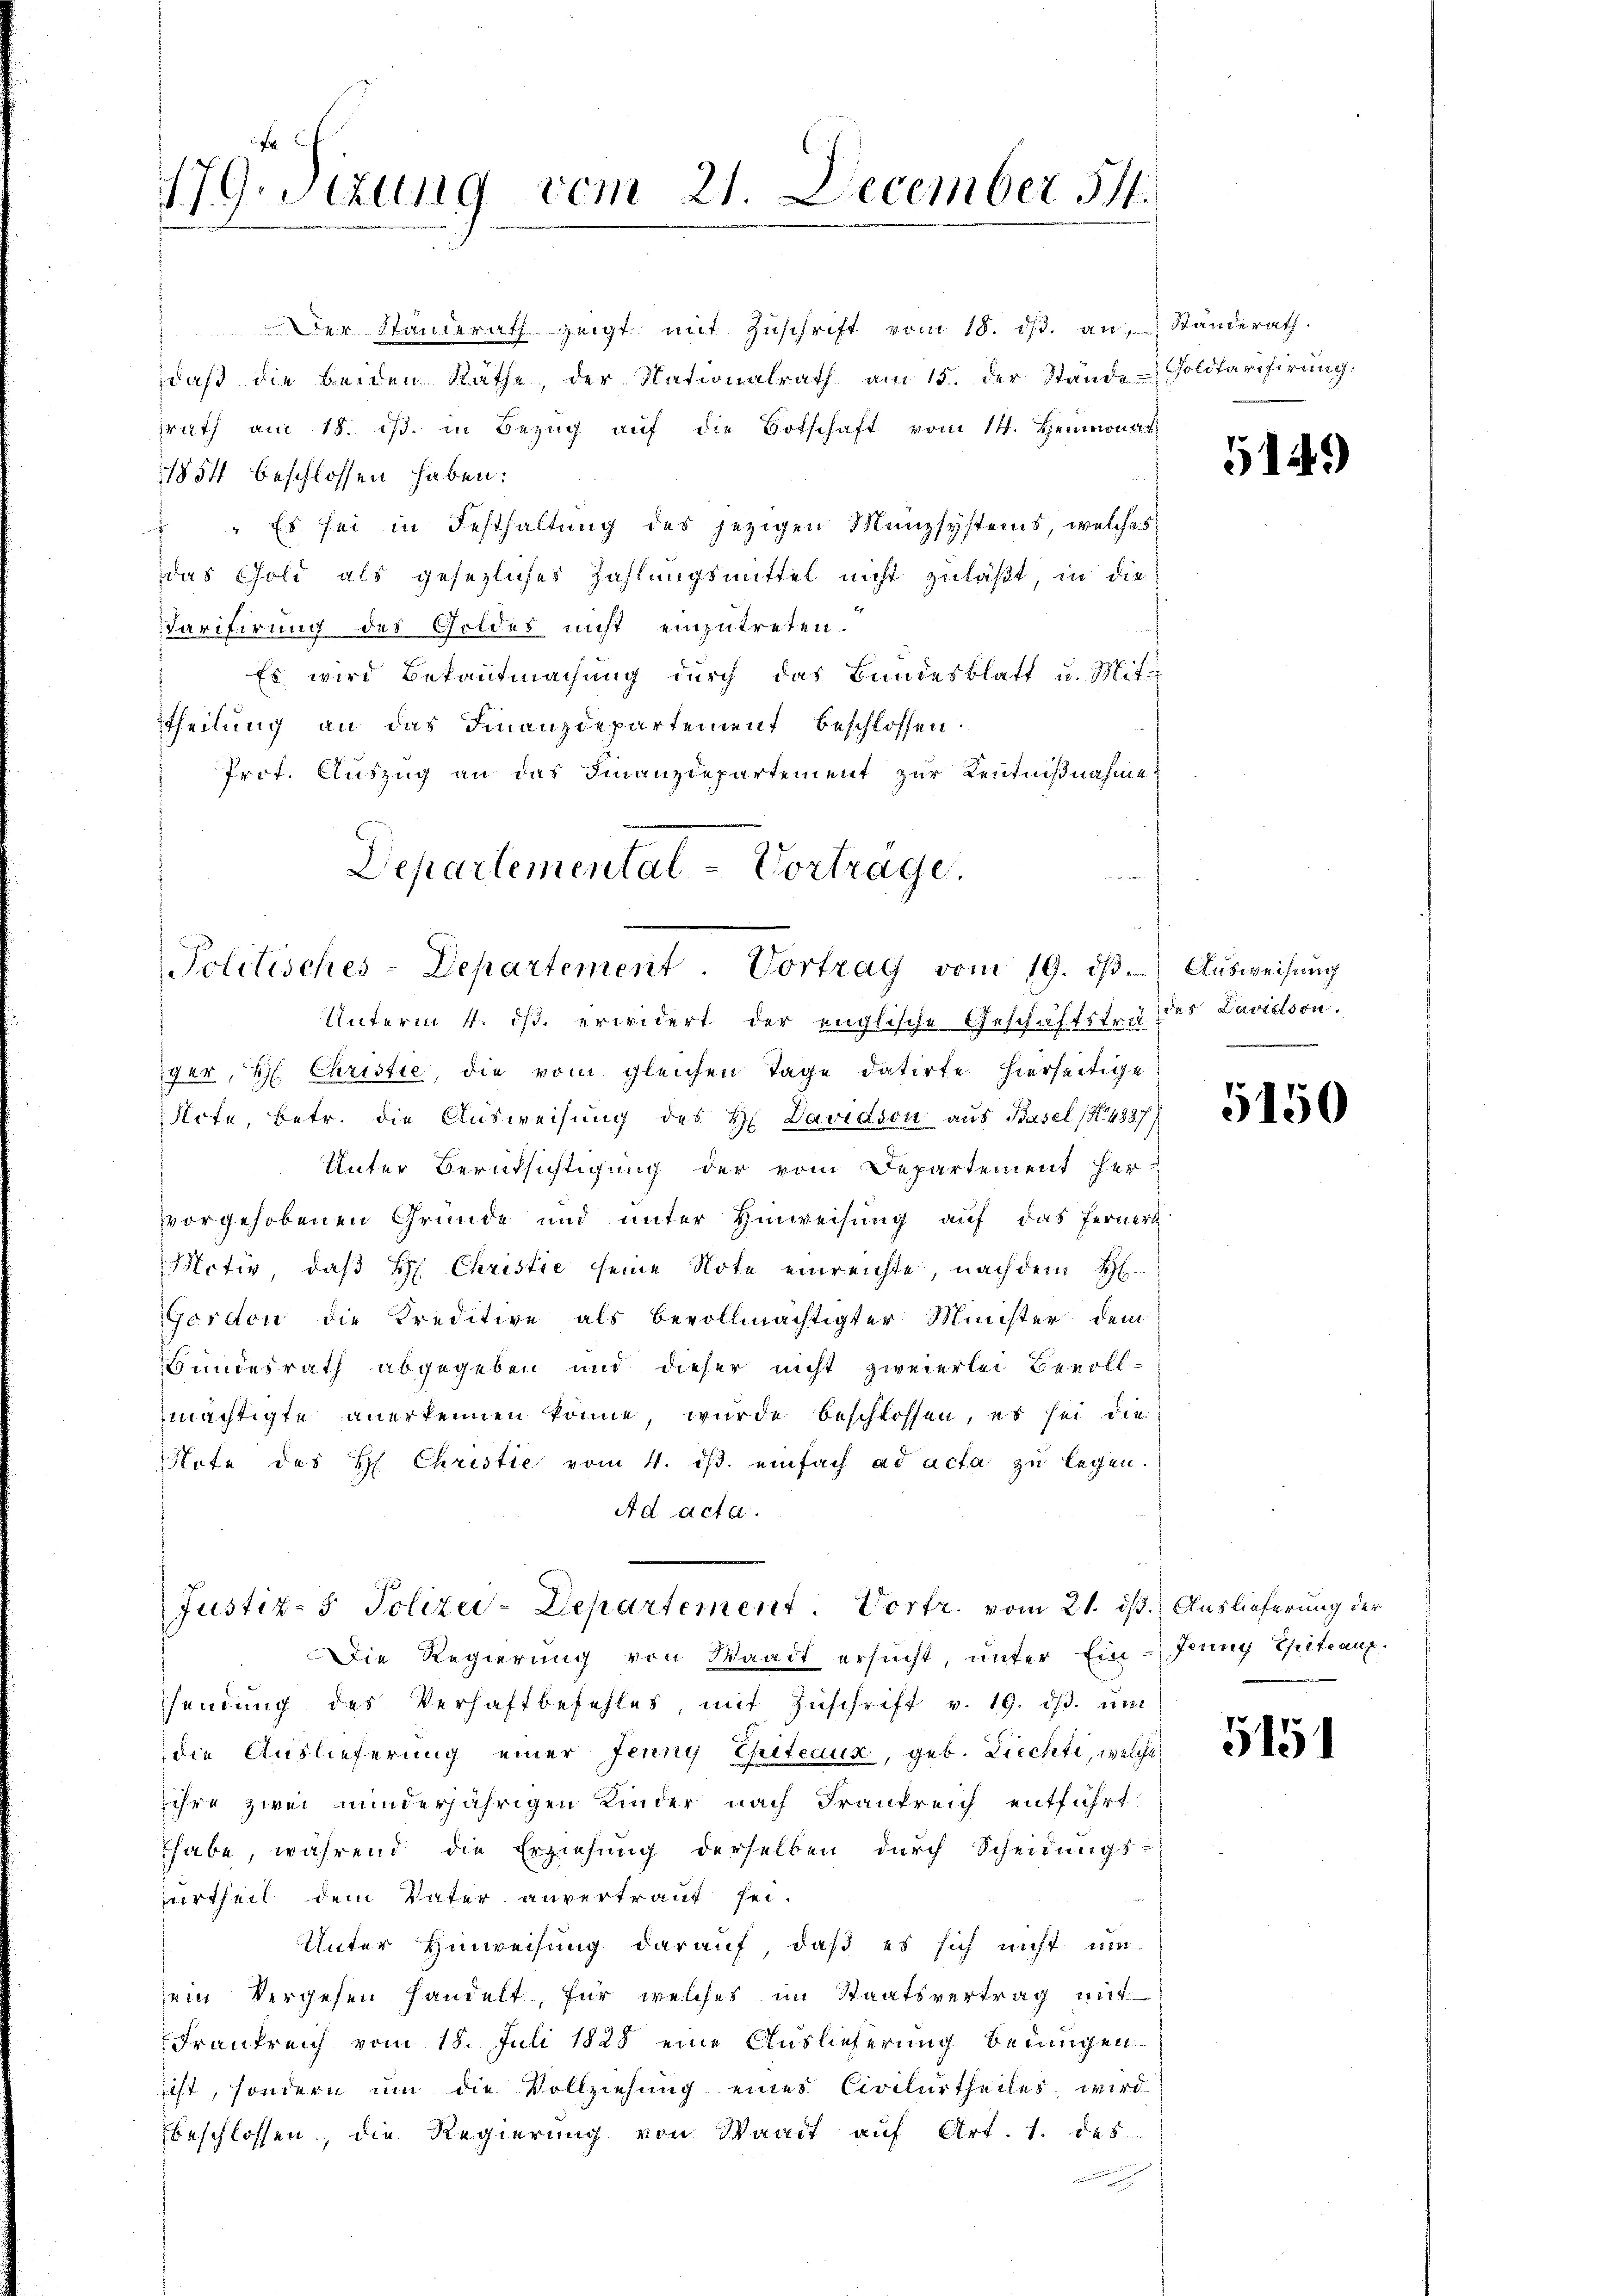
179. Sizung vom 21. December 14.

daβ die beiden Räthe, der Nationalrath am 15. der Stande Politarisirŭng.
srath am 18. dβ. in Bezŭg aŭf die Botschaft vom 14. Heumonat
11854 beschlossen haben:
 " Es sei in Festhaltŭng des jezigen Münzsystems, welches
das Coli als gesezliches Zahlungsmittel nicht zuläßt, in die
Tarifirung des Goldes nicht einzutreten.
Es wird Bekanntmachung durch das Bundesblatt u. Mit-
theilung an das Finanzdepartement beschlossen:
Prot. Auszug an das Finanzdepartement zur Kenntnißnahme

Departemental - Vortrage.
Politisches-Departement. Vortrag vom 19. dβ.

Der Standerath zeigt mit Zŭschrift vom 18. dβ. an Ständerath.

Unterm 4. ds. erwidert der englische Geschäftstre des Lavidson.
ger, H. Christie, die vom gleichen Tage datirte hierseitige
Note, betr. die Ausweisung des H. Davidson aus Basel (S. 4837)
Unter Berufsichtigung der vom Departement her-
vorgehobenen Gründe und unter Hinweisung auf das Ferner
Motiv, daß H. Christie seine Note einreichte, nach dem H
Gordon die Kreditive als bevollmächtigter Minister dem
Bundesrath abgegeben und dieser nicht zweierlei Bevoll-
mächtigte anerkennen könne, wurde beschlossen, es sei die
Note des H. Christie vom 4. dβ. einfach ad acta zu legen.
Ad acta.

Justiz- & Polizei-Departement. Vortr. vom 21. ds. Auslieferung der

Die Regierung von Waadt ersucht, unter Ein-Jung Thitcanz.
sendŭng des Verhaftbefehles, mit Zŭschrift v. 19. dβ. ŭm
die Auslieferung einer Jenny Chitecux, geb. Liechte, welche
ihre zwei minderjährigen Kinder nach Frankreich entführt
habe, während die Erziehung derselben durch Scheidungs-
urtheil dem Vater anvertraut sei.
Unter Hinweisung darauf, daß es sich nicht um
sein vergehen handelt, für welches im Staatsvertrag mit
Frankreich vom 15. Juli 1825 eine Auslieferung bedungen
icht, sondern um die Vollziehung eines Civilurtheiles wird
beschlossen, die Regierung von Waadt auf Art. 1. das

514.)

Ausweisung
.

5150

5151